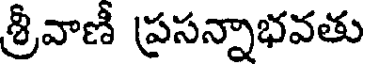
శ్రీవాణీ ప్రసన్నాభవతు